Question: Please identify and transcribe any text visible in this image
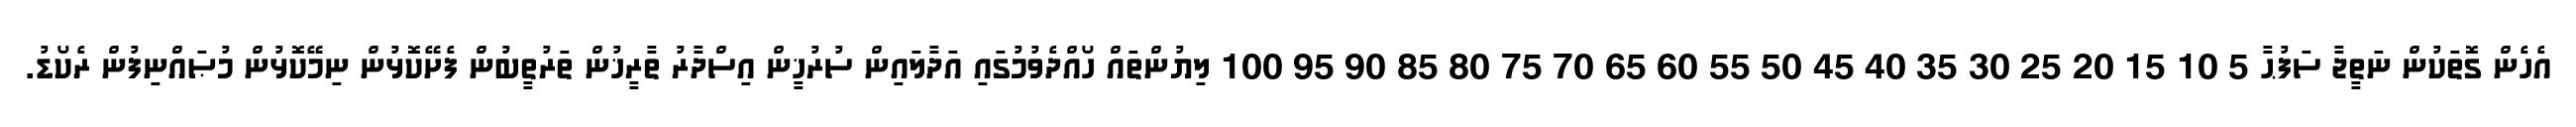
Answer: އެހެން ގޮތަކުން ނަތީޖާ ސަފުޙާ 5 10 15 20 25 30 35 40 45 50 55 60 65 70 75 80 85 90 95 100 ލިޔުންތައް ހޯއްދެވުމުގައި އަދާލައިން ސުރުޚީން އިސްދާރު ތާރީޚުން ތަރުތީބުން ފެށޭކޮޅުން ނިމޭކޮޅުން މުޞައްނިފުން ރެކޯޑު.